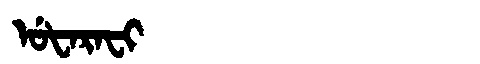
Manchu: ᡠᡶᠠᡵᠠᠸᡳ
Romanization: UFARAFI